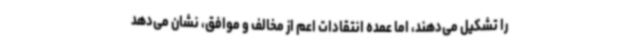
را تشکیل می‌دهند، اما عمده انتقادات اعم از مخالف و موافق، نشان می‌دهد